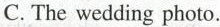
C. The wedding photo.